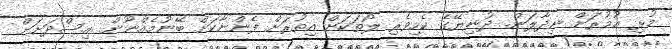
މުޅި ޢުމުރަށް ނިދާލަން. ދުނިޔޭގެ ކެހިވެރި ލޯތަކަށް އިތުރަށް ފެންނާކަށް ބޭނުމެއްނޫން. އިސްދަށަށް